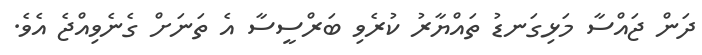
ދަން ޖައްސާ މަޅިގަނޑު ތައްޔާރު ކުރެވި ބަރްސީސާ އެ ތަނަށް ގެނެވިއްޖެ އެވެ.